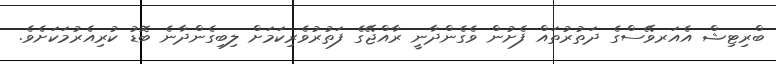
ބްރިޓިޝް އެއަރވޭސްގެ ދަތުރުތައް ފެށުން ވެގެންދާނީ ރާއްޖޭގެ ފަތުރުވެރިކަމަށް ލިބިގެންދާނެ ބޮޑު ކުރިއެރުމަކަށެވެ.